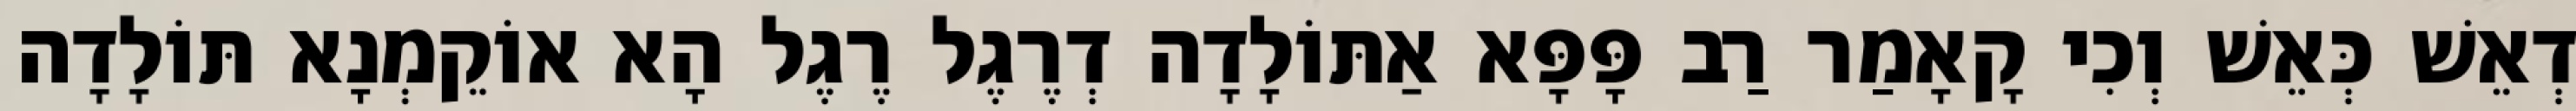
דְאֵשׁ כְּאֵשׁ וְכִי קָאָמַר רַב פָּפָּא אַתּוֹלָדָה דְרֶגֶל רֶגֶל הָא אוֹקֵמְנָא תּוֹלָדָה